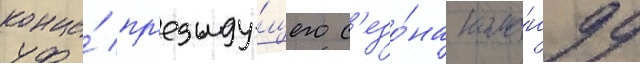
конце́ пр'едыду́щего с'езо́на кома́нду